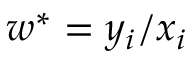
w ^ { * } = y _ { i } / x _ { i }